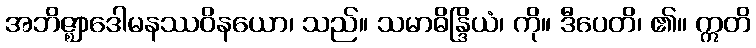
အဘိဇ္ဈာဒေါမနဿဝိနယော၊ သည်။ သမာဓိန္ဒြိယံ၊ ကို။ ဒီပေတိ၊ ၏။ ဣတိ